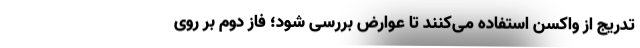
تدریج از واکسن استفاده می‌کنند تا عوارض بررسی شود؛ فاز دوم بر روی